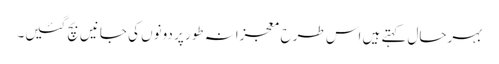
بہرحال کہتے ہیں اس طرح معجزانہ طور پر دونوں کی جانیں بچ گئیں۔